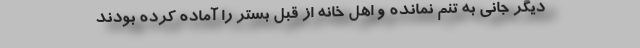
دیگر جانی به تنم نمانده و اهل خانه از قبل بستر را آماده کرده بودند